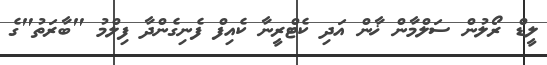
ލީޑް ރޯލުން ސަލްމާން ޚާން އަދި ކެޓްރީނާ ކެއިފް ފެނިގެންދާ ފިލްމު "ބާރަތު"ގެ